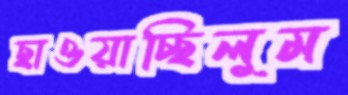
ছাওয়াচ্ছিলুম